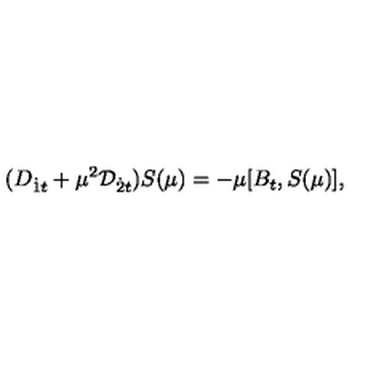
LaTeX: ( D _ { { \dot { 1 } } t } + \mu ^ { 2 } { \cal D } _ { { \dot { 2 } } t } ) S ( \mu ) = - \mu [ B _ { t } , S ( \mu ) ] ,